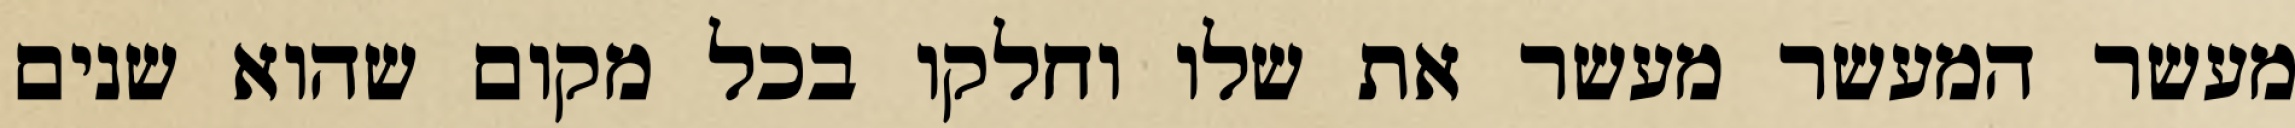
מעשר המעשר מעשר את שלו וחלקו בכל מקום שהוא שנים